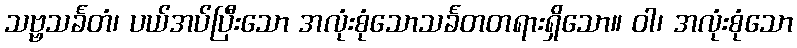
သဗ္ဗသင်္ခတံ၊ ပယ်အပ်ပြီးသော အလုံးစုံသောသင်္ခတတရားရှိသော။ ဝါ၊ အလုံးစုံသော